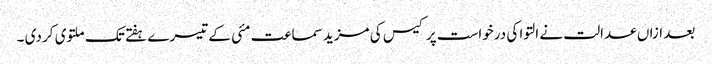
بعد ازاں عدالت نے التوا کی درخواست پر کیس کی مزید سماعت مئی کے تیسرے ہفتے تک ملتوی کر دی ۔